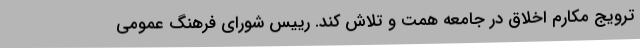
ترویج مکارم اخلاق در جامعه همت و تلاش کند. رییس شورای فرهنگ عمومی